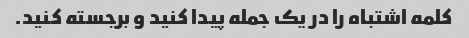
کلمه اشتباه را در یک جمله پیدا کنید و برجسته کنید.